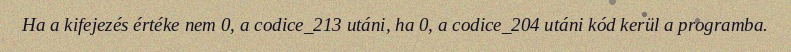
Ha a kifejezés értéke nem 0, a codice_213 utáni, ha 0, a codice_204 utáni kód kerül a programba.